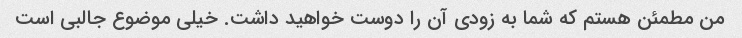
من مطمئن هستم که شما به زودی آن را دوست خواهید داشت. خیلی موضوع جالبی است